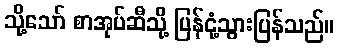
သို့သော် စာအုပ်ဆီသို့ ပြန်ငုံ့သွားပြန်သည်။